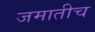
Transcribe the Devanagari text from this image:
जमातीच